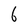
Character: 6